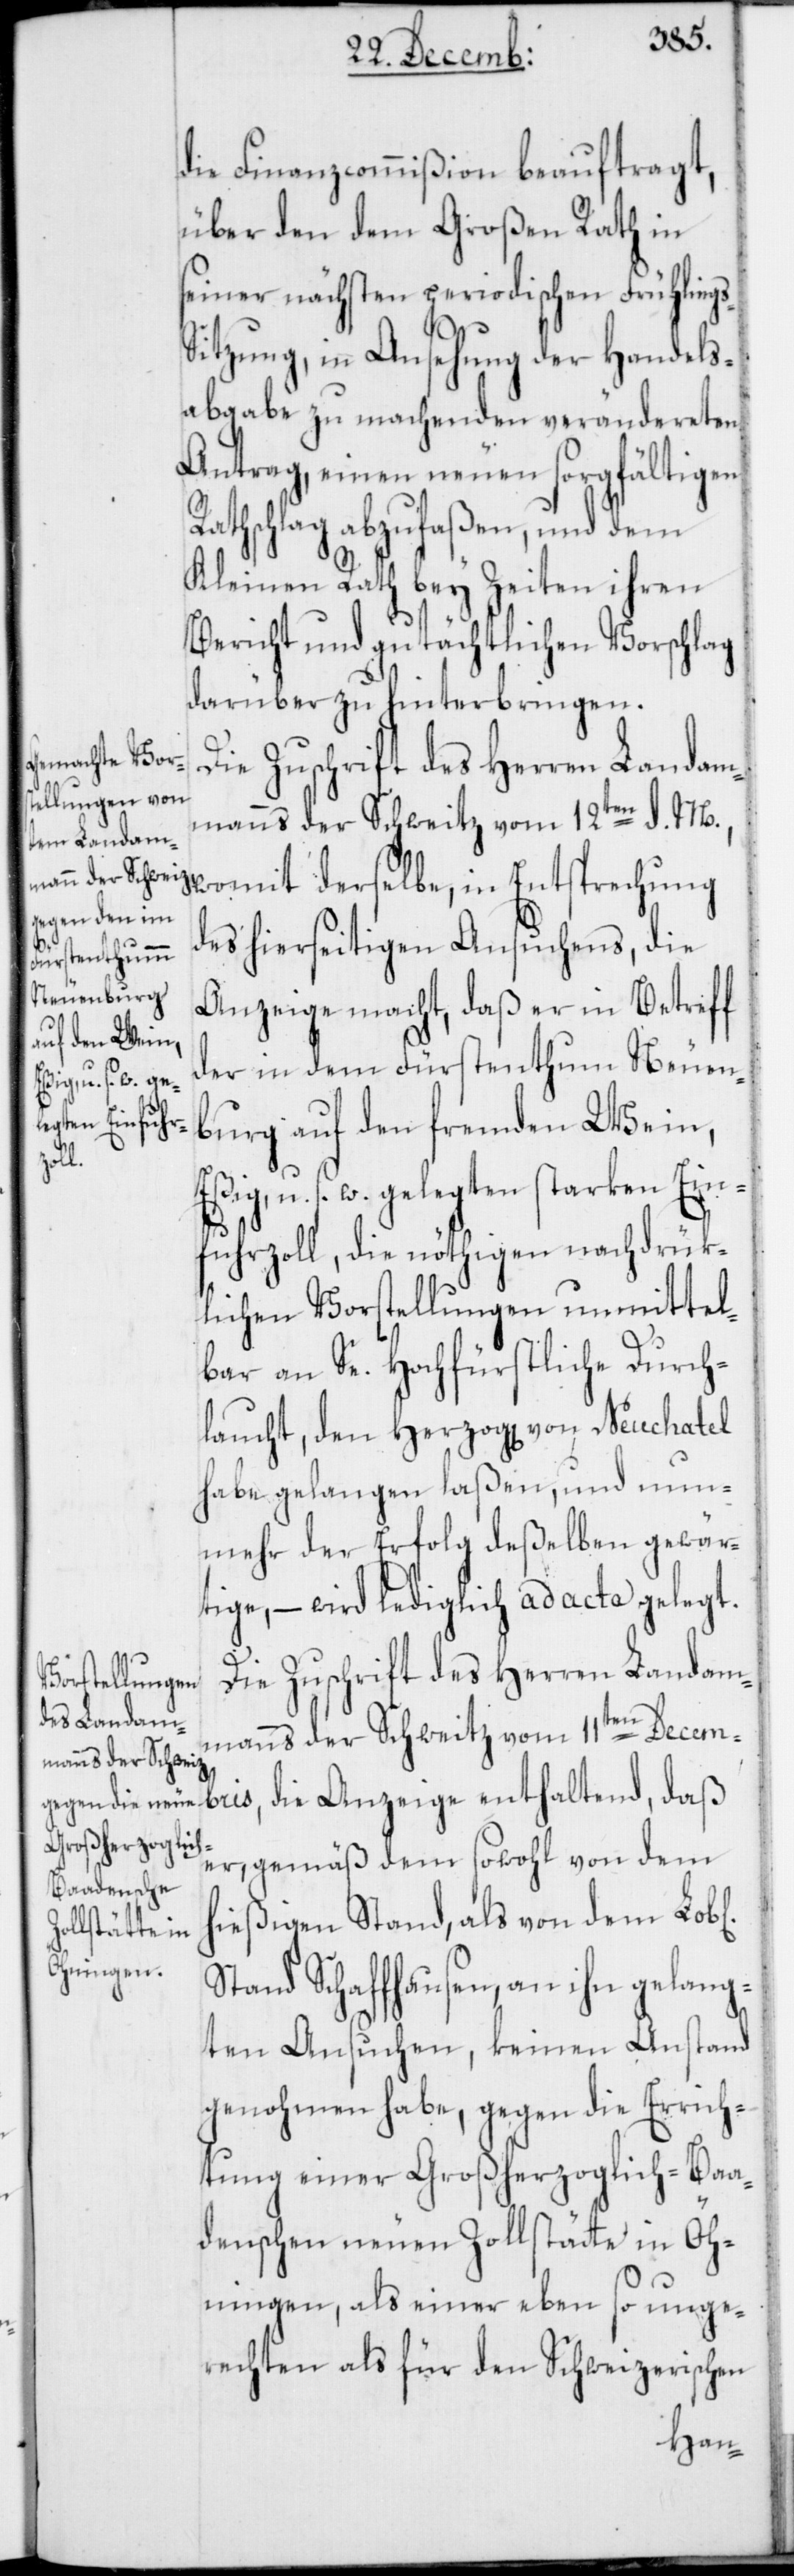
die Finanzcommißion beauftragt,
über den dem Großen Rath in
seiner nächsten periodischen Frühling¬
itzung, in Ansehung der Handels¬
abgabe zu machenden verändereten
Antrag, einen neuen sorgfältigen
athschlag abzufaßen, und dem
Kleinen Rath bey Zeiten ihren
Bericht und gutächtlichen Vorschlag
darüber zu hinterbringen.
manns der Schweitz vom 12ten d. M.,
womit derselbe, in Entsprechung
des hierseitigen Ansuchens, die
Anzeige macht, daß er in Betreff
der in dem Fürstenthum Neuen¬
burg auf den fremden Wein,
iche¬
u. s. w. gelegten starken Ein¬
fuhrzoll, die nöthigen nachdrük¬
lichen Vorstellungen unmittel¬
bar an Se. Hochfürstliche Durch¬
laucht, den Herzog[en] von Neuchatel
habe gelangen laßen, und nun¬
mehr der Erfolg deßelben gewär¬
tige, – wird lediglich ad acta gelegt.
n]
Die Zuschrift des Herren Landam¬
manns der Schweitz vom 11ten Decem¬
er, gemäß dem sowohl von dem
hießigen Stand, als von dem Lob[l¬
haltend,
Stand Schaffhausen, an ihn gelang¬
ten Ansuchen, keinen Anstand
genohmen habe, gegen die Errich¬
tung einer Großherzoglich-Baa¬
denschen neuen Zollstätte in Öh¬
ningen, als einer ebenso unge¬
rechten als für den Schweizerischen